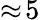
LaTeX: \approx\! 5